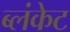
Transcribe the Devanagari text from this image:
ब्लंकेट